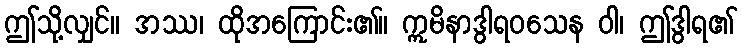
ဤသို့လျှင်။ အဿ၊ ထိုအကြောင်း၏။ ဣမိနာဒွါရဝသေန ဝါ၊ ဤဒွါရ၏